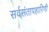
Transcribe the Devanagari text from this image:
सर्वसंतापहारिणी